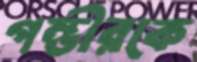
গম্ভীরকে